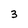
Character: 3